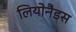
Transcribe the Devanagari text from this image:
लियोनैडस